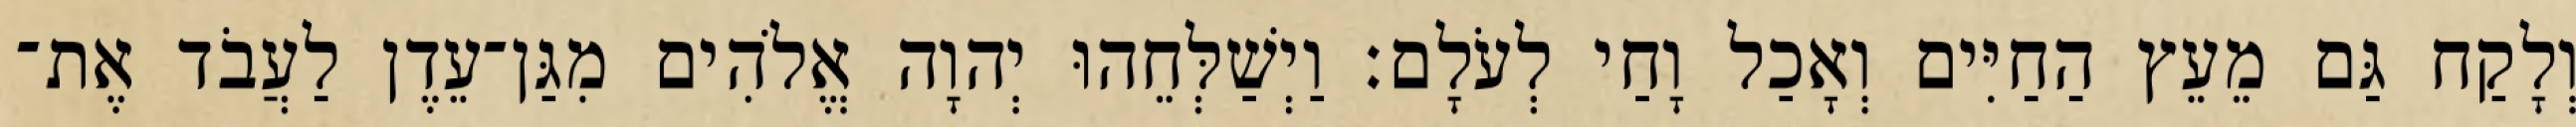
וְלָקַח גַּם מֵעֵץ הַחַיִּים וְאָכַל וָחַי לְעֹלָם׃ וַיְשַׁלְּחֵהוּ יְהוָה אֱלֹהִים מִגַּן־עֵדֶן לַעֲבֹד אֶת־